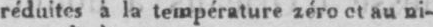
réduites à la température zéro et au ni-